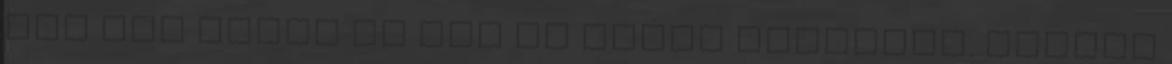
nem tud várni és nem is tudok vállalni. Bicsák